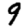
Digit: 9